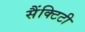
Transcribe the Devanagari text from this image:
सैंक्टिटी